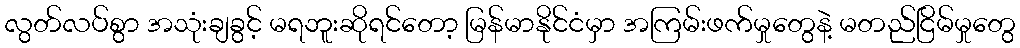
လွတ်လပ်စွာ အသုံးချခွင့် မရဘူးဆိုရင်တော့ မြန်မာနိုင်ငံမှာ အကြမ်းဖက်မှုတွေနဲ့ မတည်ငြိမ်မှုတွေ